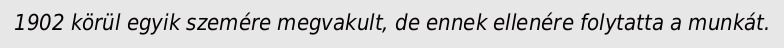
1902 körül egyik szemére megvakult, de ennek ellenére folytatta a munkát.